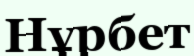
Нұрбет